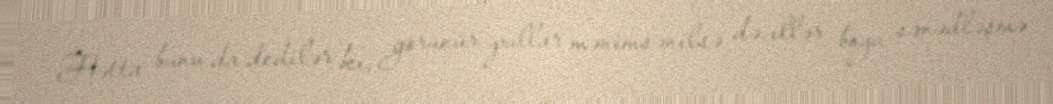
Hətta bunu da dedilər ki, görünür pullar mənimsənilsə də, illər boyu sənədləşmə